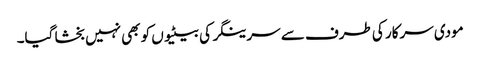
مودی سرکار کی طرف سے سرینگر کی بیٹیوں کو بھی نہیں بخشا گیا۔